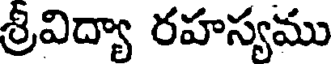
శ్రీవిద్యా రహస్యము